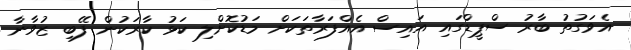
އެވަގުތު ބާރު ސްޕީޑްގައި އައިސް އެއްފަރާތަކަށް މަޑުކޮށްލި ކަޅު ކާރަކުން ފޭބި ޒުވާނާ